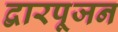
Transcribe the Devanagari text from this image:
द्वारपूजन